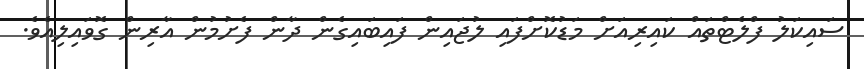
ސައިކަލު ފްލެޓްތައް ކައިރިއަށް މަޑުކޮށްފައި ލުޖައިން ފައިބައިގެން ދާން ފެށުމުން އާރިން ގޮވައިލިއެވެ.